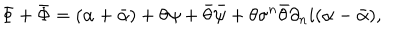
\Phi + \bar { \Phi } = ( \alpha + \bar { \alpha } ) + \theta \psi + \bar { \theta } \bar { \psi } + \theta \sigma ^ { n } \bar { \theta } \partial _ { n } i ( \alpha - \bar { \alpha } ) ,